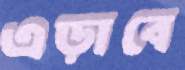
এড়াবে